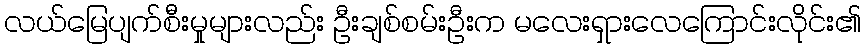
လယ်မြေပျက်စီးမှုများလည်း ဦးချစ်စမ်းဦးက မလေးရှားလေကြောင်းလိုင်း၏